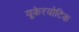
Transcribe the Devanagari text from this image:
यूकेरयोटिक